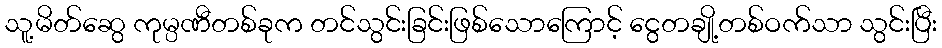
သူ့မိတ်ဆွေ ကုမ္ပဏီတစ်ခုက တင်သွင်းခြင်းဖြစ်သောကြောင့် ငွေတချို့တစ်ဝက်သာ သွင်းပြီး